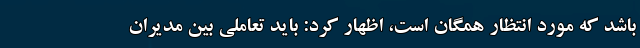
باشد که مورد انتظار همگان است، اظهار کرد: باید تعاملی بین مدیران